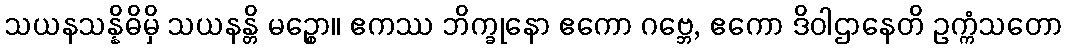
သယနသန္နိဓိမှိ သယနန္တိ မဉ္စော။ ဧကဿ ဘိက္ခုနော ဧကော ဂဗ္ဘေ, ဧကော ဒိဝါဌာနေတိ ဥက္ကံသတော